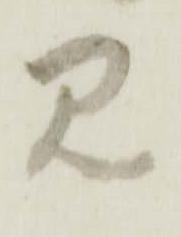
見